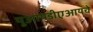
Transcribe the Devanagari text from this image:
यूआयडीएआयचे